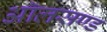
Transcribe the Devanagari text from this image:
ऑलसण्ड